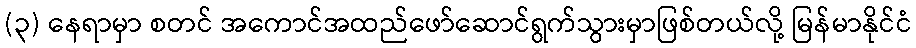
(၃) နေရာမှာ စတင် အကောင်အထည်ဖော်ဆောင်ရွက်သွားမှာဖြစ်တယ်လို့ မြန်မာနိုင်ငံ